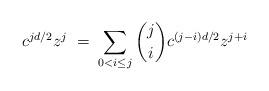
LaTeX: \begin{align*}c^{jd/2}z^j\;=\;\sum_{0<i\leq j}\binom{j}{i}c^{(j-i)d/2}z^{j+i}\end{align*}